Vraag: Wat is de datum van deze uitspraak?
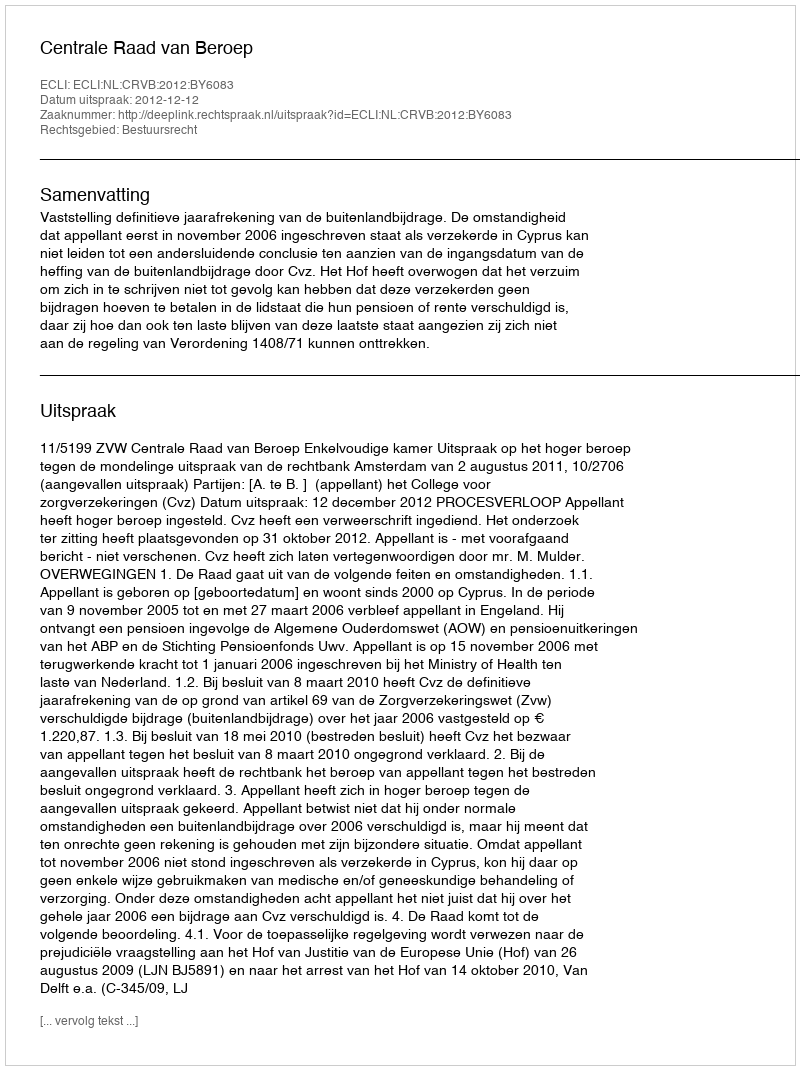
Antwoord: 2012-12-12